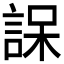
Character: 𮘒